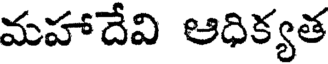
మహాదేవి ఆధిక్యత